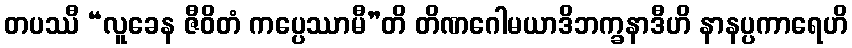
တပဿီ “လူခေန ဇီဝိတံ ကပ္ပေဿာမီ”တိ တိဏဂေါမယာဒိဘက္ခနာဒီဟိ နာနပ္ပကာရေဟိ